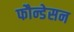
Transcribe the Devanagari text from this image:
फौन्डेसन